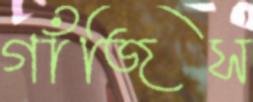
গাঁজিস